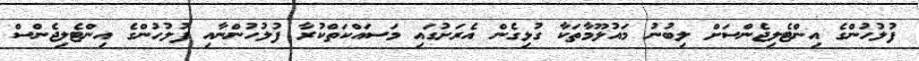
ފުލުހުންގެ އިންޓެލިޖެންސަށް ލިބުނު މައުލޫމާތަކާ ގުޅިގެން އެރަށުގައި މަސައްކަތްކުރާ ފުލުހުންނާއި ފުލުހުންގެ އިންޓެލިޖެންސް